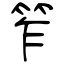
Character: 笮